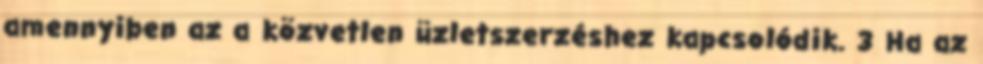
amennyiben az a közvetlen üzletszerzéshez kapcsolódik. 3 Ha az